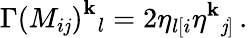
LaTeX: \Gamma\left(M_{i\mathit{j}}\right)^{\mathbf{k}}{}_{l}=2\eta_{l[i}\eta^{\mathbf{k}}{}_{\mathit{j}]}\, .